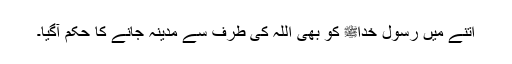
اتنے میں رسول خداﷺ کو بھی اللہ کی طرف سے مدینہ جانے کا حکم آگیا۔